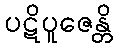
ပဋိပူဇေန္တိ